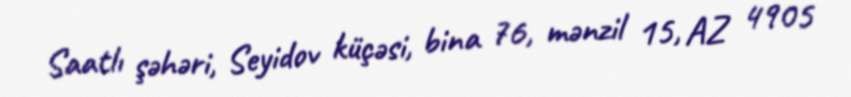
Saatlı şəhəri, Seyidov küçəsi, bina 76, mənzil 15, AZ 4905